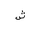
Letter: _shin